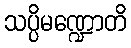
သပ္ပိမဏ္ဍောတိ